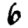
Digit: 6